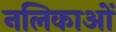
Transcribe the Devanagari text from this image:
नलिकाआें